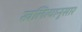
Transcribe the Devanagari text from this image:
खलित्यानुसार